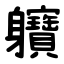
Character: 軉